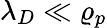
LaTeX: \lambda_{D}\ll\varrho_{p}